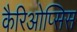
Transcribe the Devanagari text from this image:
कैरिओप्सिस